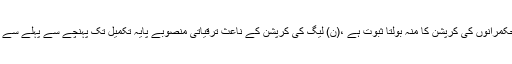
انہوں نے کہا ہے کہ پانامہ لیکس حکمرانوں کی کرپشن کا منہ بولتا ثبوت ہے ،(ن) لیگ کی کرپشن کے ناعث ترقیاتی منصوبے پایہ تکمیل تک پہنچے سے پہلے سے ٹوٹ پھوٹ کا شکار ہو جاتے ہیں،۔